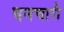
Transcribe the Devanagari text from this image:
वनचारी